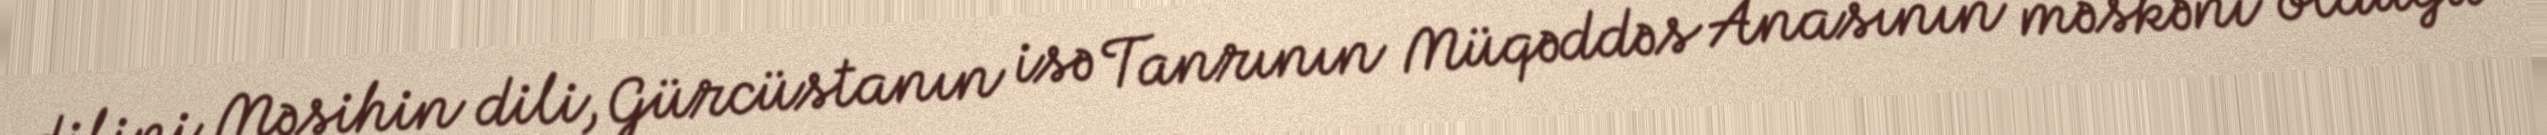
dilini Məsihin dili, Gürcüstanın isə Tanrının Müqəddəs Anasının məskəni olduğu